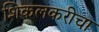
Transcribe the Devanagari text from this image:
शिकलकरीचा